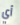
أي